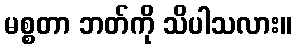
မစ္စတာ ဘတ်ကို သိပါသလား။